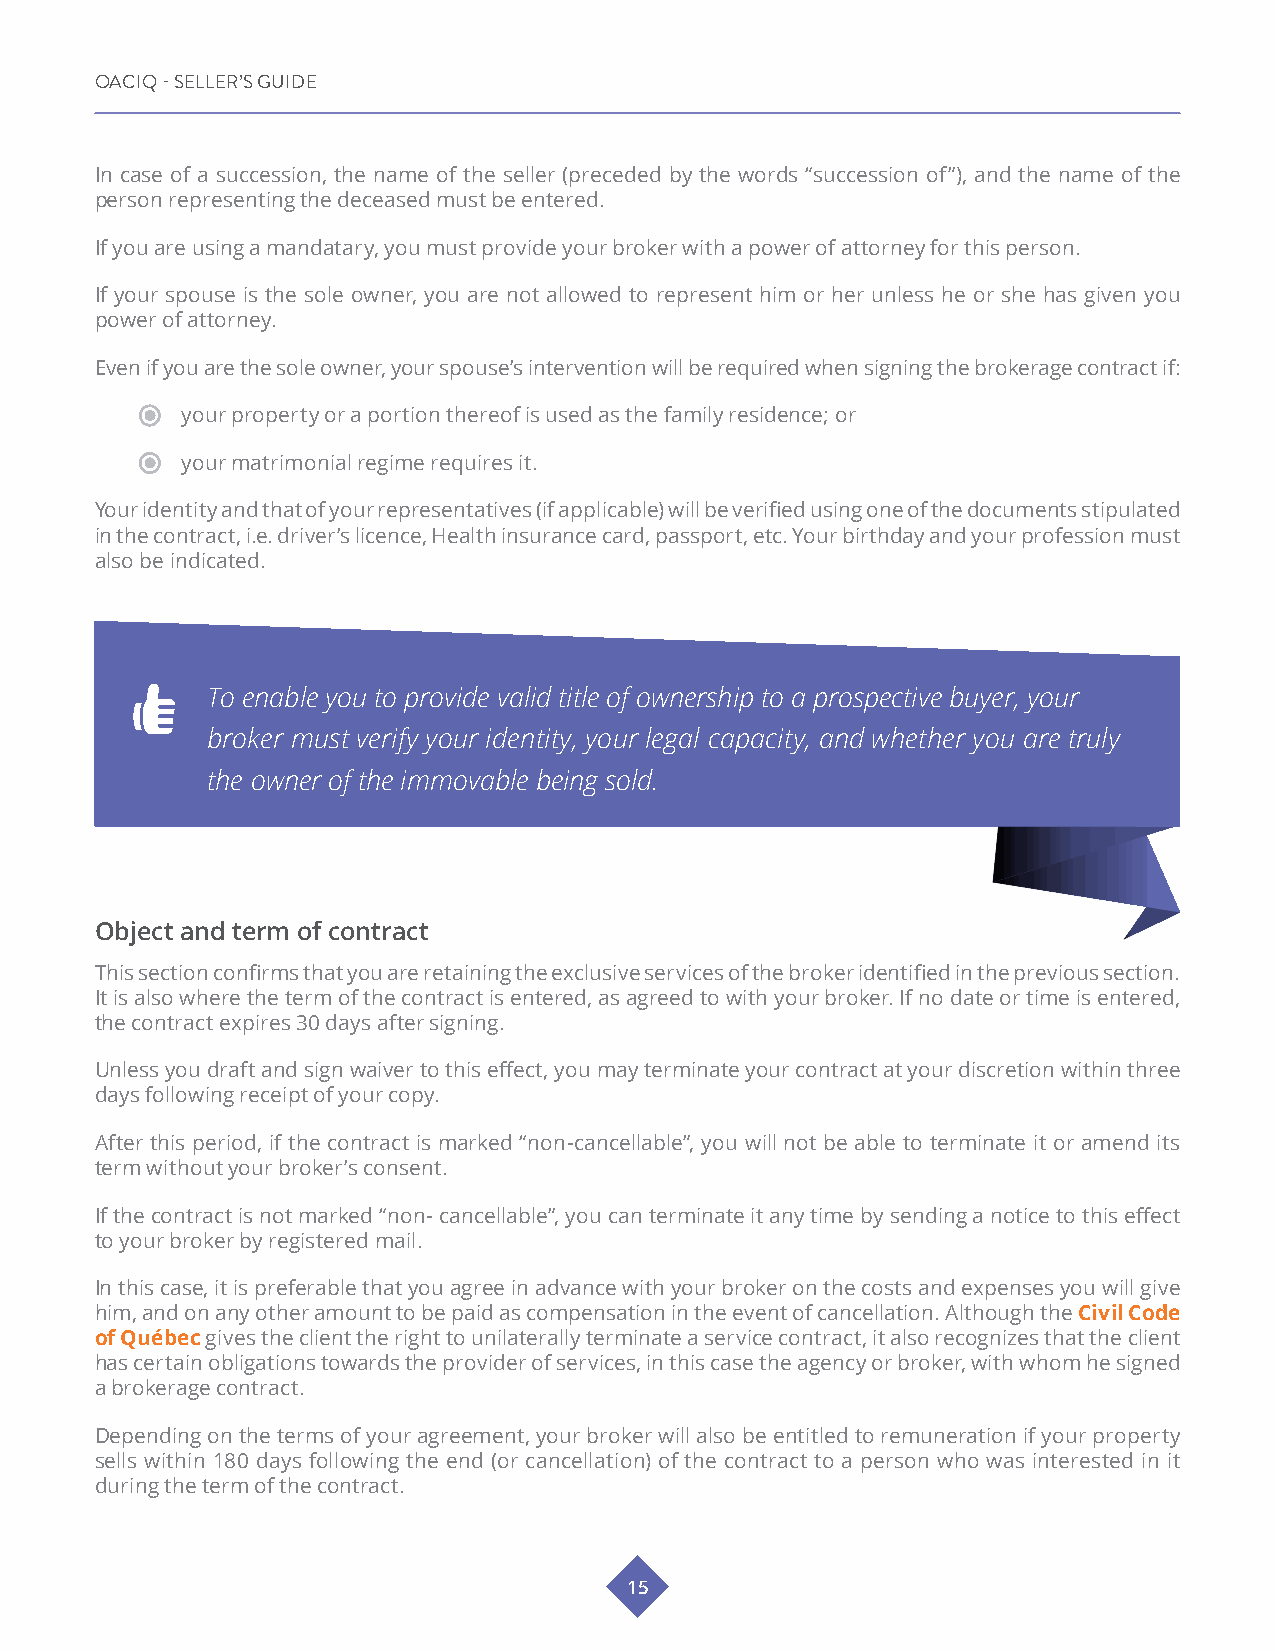
OACIQ - SELLER’S GUIDE
 In case of a succession, the name of the seller (preceded by the words “succession of”), and the name of the
 person representing the deceased must be entered.
 If you are using a mandatary, you must provide your broker with a power of attorney for this person.
 If your spouse is the sole owner, you are not allowed to represent him or her unless he or she has given you
 power of attorney.
 Even if you are the sole owner, your spouse’s intervention will be required when signing the brokerage contract if:
 your property or a portion thereof is used as the family residence; or
 your matrimonial regime requires it.
 Your identity and that of your representatives (if applicable) will be verified using one of the documents stipulated
 in the contract, i.e. driver’s licence, Health insurance card, passport, etc. Your birthday and your profession must
 also be indicated.
 To enable you to provide valid title of ownership to a prospective buyer, your
 broker must verify your identity, your legal capacity, and whether you are truly
 the owner of the immovable being sold.
 Object and term of contract
 This section confirms that you are retaining the exclusive services of the broker identified in the previous section.
 It is also where the term of the contract is entered, as agreed to with your broker. If no date or time is entered,
 the contract expires 30 days after signing.
 Unless you draft and sign waiver to this effect, you may terminate your contract at your discretion within three
 days following receipt of your copy.
 After this period, if the contract is marked “non-cancellable”, you will not be able to terminate it or amend its
 term without your broker’s consent.
 If the contract is not marked “non- cancellable”, you can terminate it any time by sending a notice to this effect
 to your broker by registered mail.
 In this case, it is preferable that you agree in advance with your broker on the costs and expenses you will give
 him, and on any other amount to be paid as compensation in the event of cancellation. Although the Civil Code
 of Québec gives the client the right to unilaterally terminate a service contract, it also recognizes that the client
 has certain obligations towards the provider of services, in this case the agency or broker, with whom he signed
 a brokerage contract.
 Depending on the terms of your agreement, your broker will also be entitled to remuneration if your property
 sells within 180 days following the end (or cancellation) of the contract to a person who was interested in it
 during the term of the contract.
 15